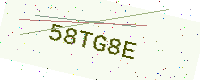
Text: 58TG8E